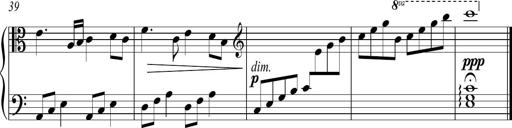
Title: Sonatina No.2 in C
Composer: A. Marando
Key: C major